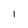
Character: I